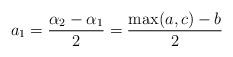
LaTeX: \begin{align*}a_1=\frac{\alpha_2-\alpha_1}{2}=\frac{\max(a,c)-b}{2}\end{align*}